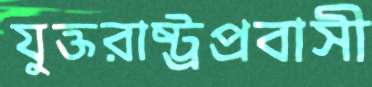
যুক্তরাষ্ট্রপ্রবাসী